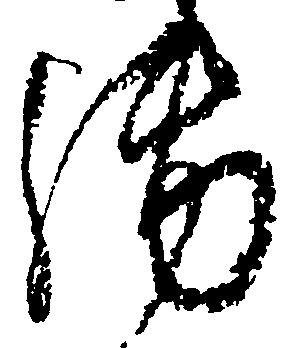
御